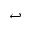
\hookleftarrow